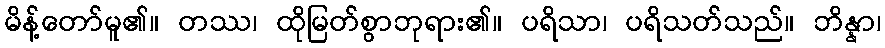
မိန့်တော်မူ၏။ တဿ၊ ထိုမြတ်စွာဘုရား၏။ ပရိသာ၊ ပရိသတ်သည်။ ဘိန္နာ၊